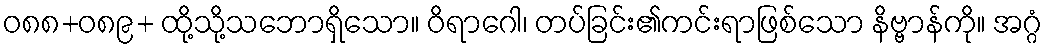
ဝ၈၈+၀၈၉+ ထို့သို့သဘောရှိသော။ ဝိရာဂေါ၊ တပ်ခြင်း၏ကင်းရာဖြစ်သော နိဗ္ဗာန်ကို။ အဂ္ဂံ